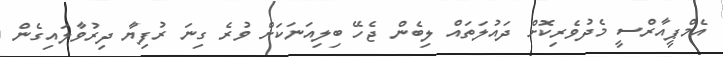
އެމްޕީއާރްސީ މެދުވެރިކޮށް ދައުލަތައް ލިބެން ޖެހޭ ބިލިއަނަކަށް ވުރެ ގިނަ ރުފިޔާ ދިރުވާލައިގެން